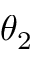
\theta _ { 2 }